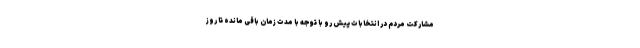
مشارکت مردم در انتخابات پیش رو با توجه با مدت زمان باقی مانده تا روز